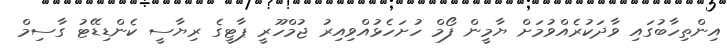
އިންތިހާބުގައި ވާދަކުރެއްވުމަށް ޔާމީން ފޯމް ހުށަހެޅުއްވިއިރު ޖުމްހޫރީ ޕާޓީގެ ރިޔާސީ ކެންޑިޑޭޓު ގާސިމް